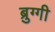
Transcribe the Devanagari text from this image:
ब्रुग्गी